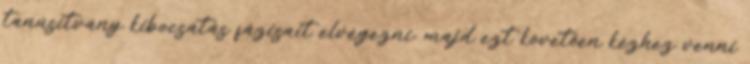
tanúsítvány kibocsátás fázisait elvégezni, majd ezt követően kézhez venni